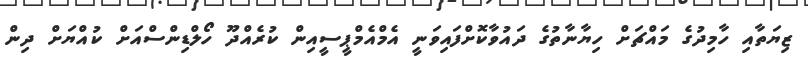
ޒިޔަތާއި ހާމިދުގެ މައްޗަށް ހިޔާނާތުގެ ދައުވާކޮށްފައިވަނީ އެމްއެމްޕީސީއިން ކުރެއްދޫ ހޯލްޑިންސްއަށް ކުއްޔަށް ދިން